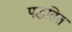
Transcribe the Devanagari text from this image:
पद्धतित